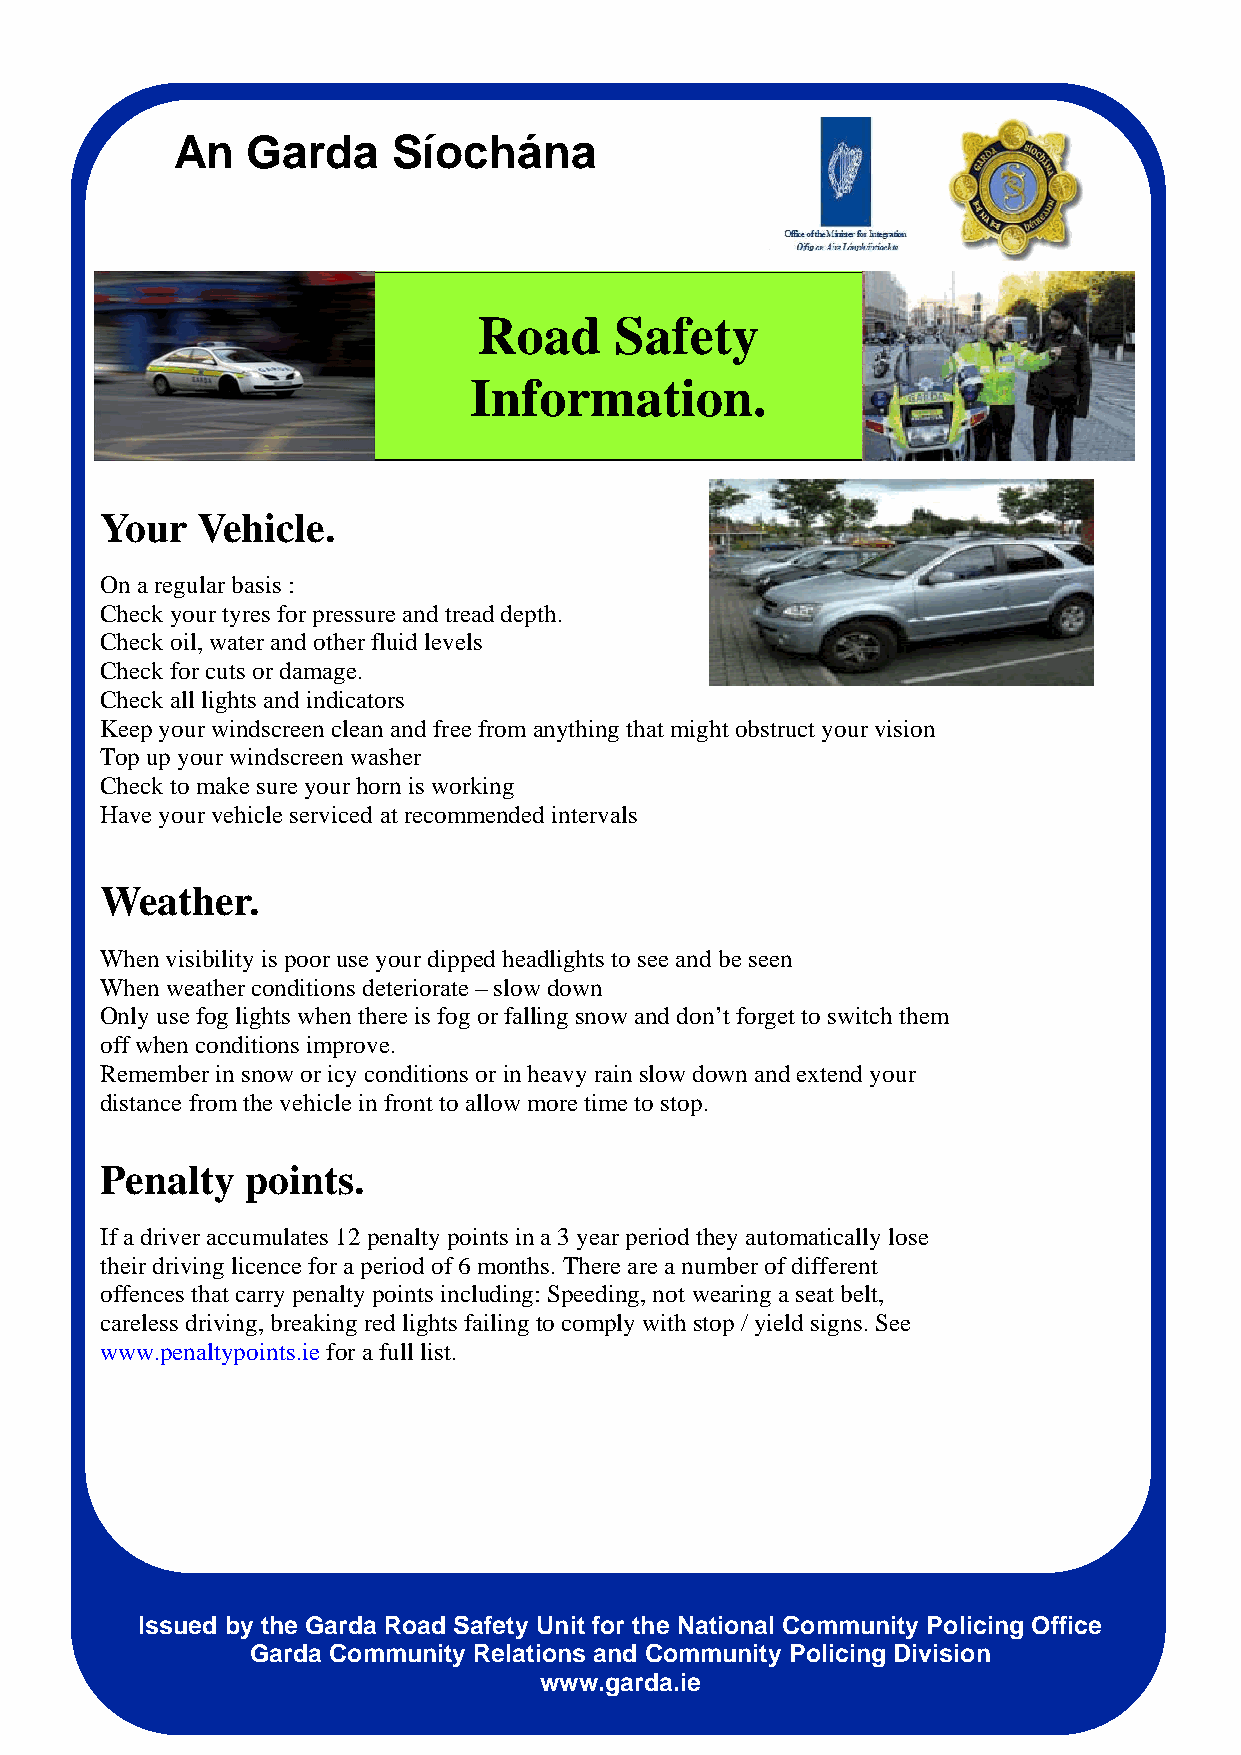
An   Garda     Síochána
 Road     Safety
 Information.
 Your  Vehicle.
 On a regular basis :
 Check your tyres for pressure and tread depth.
 Check oil, water and other fluid levels
 Check for cuts or damage.
 Check all lights and indicators
 Keep your windscreen clean and free from anything that might obstruct your vision
 Top up your windscreen washer
 Check to make sure your horn is working
 Have your vehicle serviced at recommended intervals
 Weather.
 When visibility is poor use your dipped headlights to see and be seen
 When weather conditions deteriorate – slow down
 Only use fog lights when there is fog or falling snow and don’t forget to switch them
 off when conditions improve.
 Remember in snow or icy conditions or in heavy rain slow down and extend your
 distance from the vehicle in front to allow more time to stop.
 Penalty  points.
 If a driver accumulates 12 penalty points in a 3 year period they automatically lose
 their driving licence for a period of 6 months. There are a number of different
 offences that carry penalty points including: Speeding, not wearing a seat belt,
 careless driving, breaking red lights failing to comply with stop / yield signs. See
 www.penaltypoints.ie for a full list.
 Issued by the Garda Road Safety Unit for the National Community Policing Office
 Garda Community Relations and Community Policing Division
 www.garda.ie